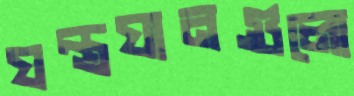
যন্ত্রযানগুলো